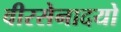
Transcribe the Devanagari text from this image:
वीरसेनादयो